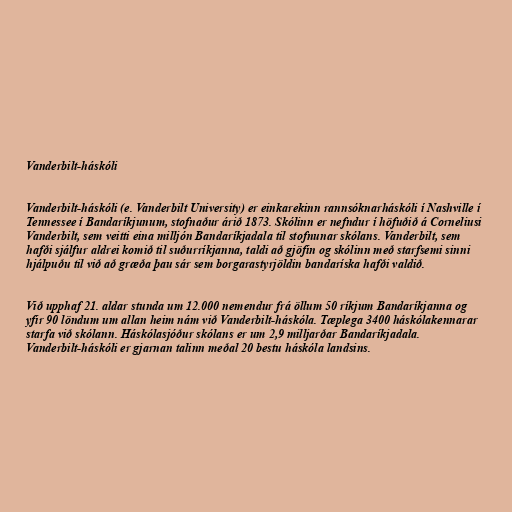
Vanderbilt-háskóli

Vanderbilt-háskóli (e. Vanderbilt University) er einkarekinn rannsóknarháskóli í Nashville í
Tennessee í Bandaríkjunum, stofnaður árið 1873. Skólinn er nefndur í höfuðið á Corneliusi
Vanderbilt, sem veitti eina milljón Bandaríkjadala til stofnunar skólans. Vanderbilt, sem
hafði sjálfur aldrei komið til suðurríkjanna, taldi að gjöfin og skólinn með starfsemi sinni
hjálpuðu til við að græða þau sár sem borgarastyrjöldin bandaríska hafði valdið.

Við upphaf 21. aldar stunda um 12.000 nemendur frá öllum 50 ríkjum Bandaríkjanna og
yfir 90 löndum um allan heim nám við Vanderbilt-háskóla. Tæplega 3400 háskólakennarar
starfa við skólann. Háskólasjóður skólans er um 2,9 milljarðar Bandaríkjadala.
Vanderbilt-háskóli er gjarnan talinn meðal 20 bestu háskóla landsins.